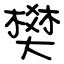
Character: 樊